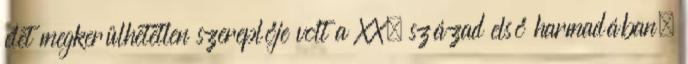
élet megkerülhetetlen szereplője volt a XX. század első harmadában.